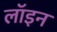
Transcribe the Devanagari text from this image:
लॉइन